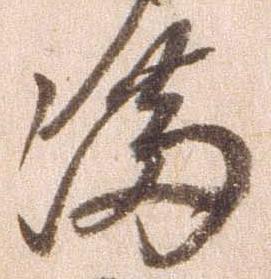
満